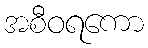
အစီဝရကော